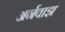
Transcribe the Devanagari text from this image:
अर्नवाझ